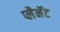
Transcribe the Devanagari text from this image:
प्लैनॅट